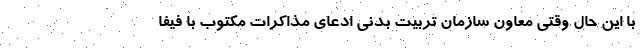
با این حال وقتی معاون سازمان تربیت بدنی ادعای مذاکرات مکتوب با فیفا